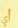
أي